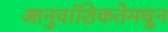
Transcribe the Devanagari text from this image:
आनुवांशिकतेमधून